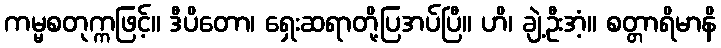
ကမ္မစတုက္ကဖြင့်။ ဒီပိတော၊ ရှေးဆရာတို့ပြအပ်ပြီ။ ဟိ၊ ချဲ့ဦးအံ့။ စတ္တာရိမာနိ